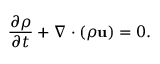
{ \frac { \partial \rho } { \partial t } } + \nabla \cdot \left( \rho \mathbf { u } \right) = 0 .